Civil Veterinary Department Bihar & Orissa reports 1922-29 - 1922-1929
Year: 1922
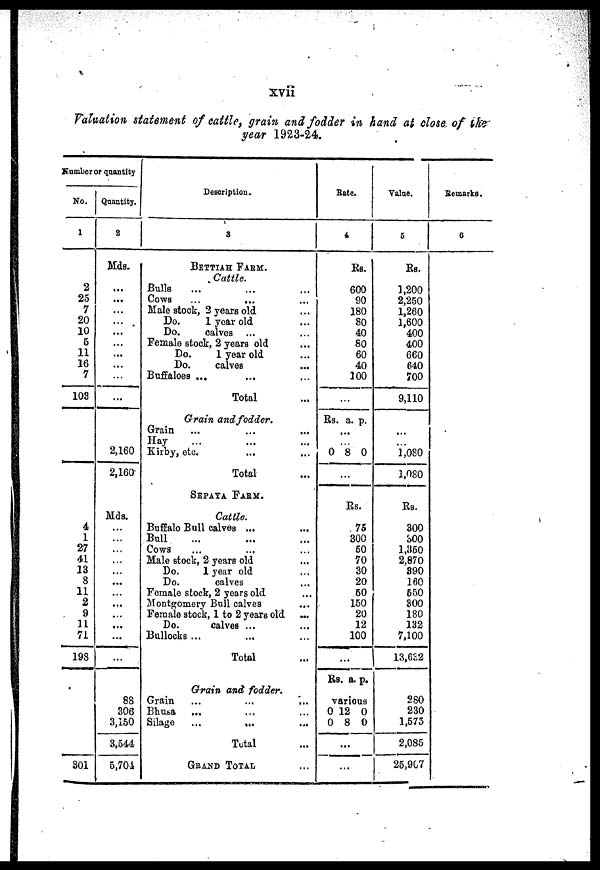
xvii
Valuation statement of cattle, grain and fodder in hand at close of ike
year 1923-24.
Number or quantity
No.
1
2
25
7
20
10
6
11
16
7
103
4
1
27
41
13
8
11
2
9
11
71
19S
301
Quantity.
2
Mds.
...
...
...
...
...
...
...
...
...
2,160
2,160
Mds.
...
...
...
...
...
...
...
...
...
88
306
3,150
3,544
5,704
Description.
3
BETTIAH FARM.
Cattle.
Bulls
Cows
Male stock, 2 years old
Do.
1 year old
Do.
calves
Female stock, 2 years old
Do.
1 year old
Do.
calves
Buffaloes ...
Total
Grain and fodder.
Grain
Hay
Kirby, etc.
Totals
SEPAYA FARM.
Cattle.
Buffalo Bull calves ...
Bull
Cows
Male stock, 2 years old
Do.
1 year old
Do.
calves
Female stock, 2 years old
Montgomery Bull calves
Female stock, 1 to 2 years old ...
Do.
calves
...
Bullocks ...
Total
Grain and fodder.
Grain
...
...
...
Bhusa
Silage
...
...
Total
GRAND TOTAL
Bate.
4
Rs.
600
90
180
80
40
80
60
40
100
...
Rs. a. p.
...
0 8 0
Rs.
75
300
50
70
30
20
50
150
20
12
100
...
Rs. a. p.
various
0 12 0
0 8 0
...
...
Value.
6
Rs.
1,200
2,250
1,260
1,600
400
400
660
640
700
9,110
...
10S0
1,080
Rs.
300
300
1,350
2,870
890
160
550
800
180
132
7,100
13,632
280
230
1,575
2,085
25,907
Remarks.
6